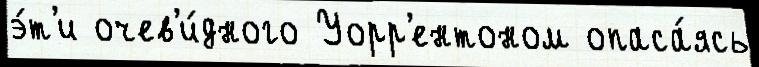
э́т'и очев'и́дного Уорр'ентоном опаса́ясь